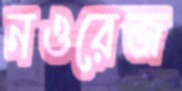
নওরেজ